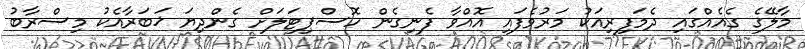
މާލޭގެ ގެއެއްގައި ދެމަފިރިއަކު މަރުވެފައި އޮއްވާ ފެނިގެން ހޮސްޕިޓަލަށް ގެންދިޔަ ޚަބަރާއެކު މިސްރާބު